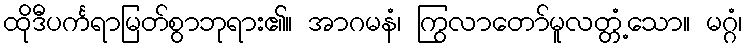
ထိုဒီပင်္ကရာမြတ်စွာဘုရား၏။ အာဂမနံ၊ ကြွလာတော်မူလတ္တံ့သော။ မဂ္ဂံ၊